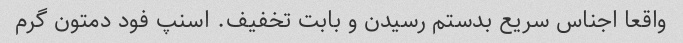
واقعا اجناس سریع بدستم رسیدن و بابت تخفیف. اسنپ فود دمتون گرم